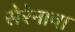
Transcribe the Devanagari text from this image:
सेरेनाचा